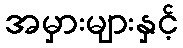
အမှားများနှင့်